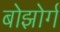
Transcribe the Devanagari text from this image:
बोझोर्ग